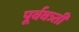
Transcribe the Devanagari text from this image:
पूर्ववत्र्ती